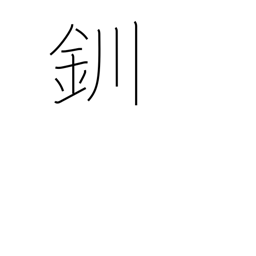
Meaning: bracelet